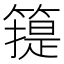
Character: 𥳳